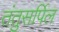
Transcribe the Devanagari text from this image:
तंतुसर्पिल